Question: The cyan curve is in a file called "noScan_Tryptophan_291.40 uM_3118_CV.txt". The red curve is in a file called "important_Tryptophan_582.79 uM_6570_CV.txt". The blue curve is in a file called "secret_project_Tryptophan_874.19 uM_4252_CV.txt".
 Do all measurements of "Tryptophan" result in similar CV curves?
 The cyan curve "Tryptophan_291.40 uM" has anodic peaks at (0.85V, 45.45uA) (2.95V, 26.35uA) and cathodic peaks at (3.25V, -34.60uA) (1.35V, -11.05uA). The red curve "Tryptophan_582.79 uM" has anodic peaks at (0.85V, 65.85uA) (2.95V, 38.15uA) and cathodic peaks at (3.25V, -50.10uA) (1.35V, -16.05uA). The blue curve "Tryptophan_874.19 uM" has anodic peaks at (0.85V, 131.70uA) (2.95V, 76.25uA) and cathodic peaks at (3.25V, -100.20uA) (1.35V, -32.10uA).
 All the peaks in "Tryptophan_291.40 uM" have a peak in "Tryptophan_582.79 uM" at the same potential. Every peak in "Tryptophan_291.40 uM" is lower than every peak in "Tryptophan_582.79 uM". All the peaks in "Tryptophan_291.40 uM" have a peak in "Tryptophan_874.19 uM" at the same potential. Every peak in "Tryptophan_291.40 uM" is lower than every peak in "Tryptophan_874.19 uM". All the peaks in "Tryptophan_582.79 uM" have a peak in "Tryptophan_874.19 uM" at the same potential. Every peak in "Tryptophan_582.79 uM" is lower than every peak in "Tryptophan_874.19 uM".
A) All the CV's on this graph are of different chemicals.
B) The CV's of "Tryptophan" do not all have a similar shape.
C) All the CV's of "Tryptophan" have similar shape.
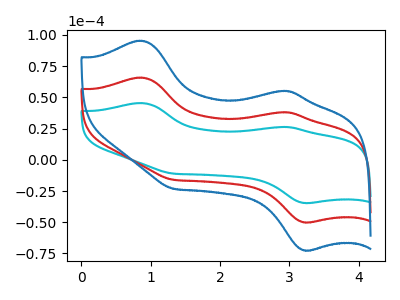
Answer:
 <answer>C) All the CV's of "Tryptophan" have similar shape.</answer>
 <eval>C</eval>